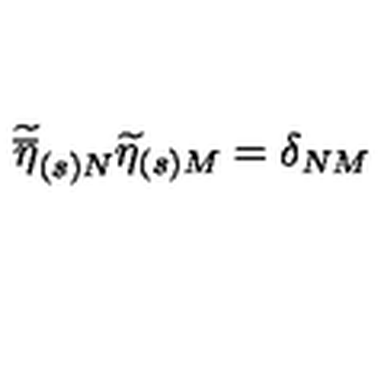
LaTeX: \widetilde { \overline { { \eta } } } _ { ( s ) N } \widetilde { \eta } _ { ( s ) M } = \delta _ { N M }